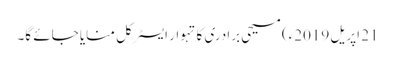
21 اپریل 2019ء) مسیحی برادری کا تہوار ایسٹر کل منایا جائے گا۔